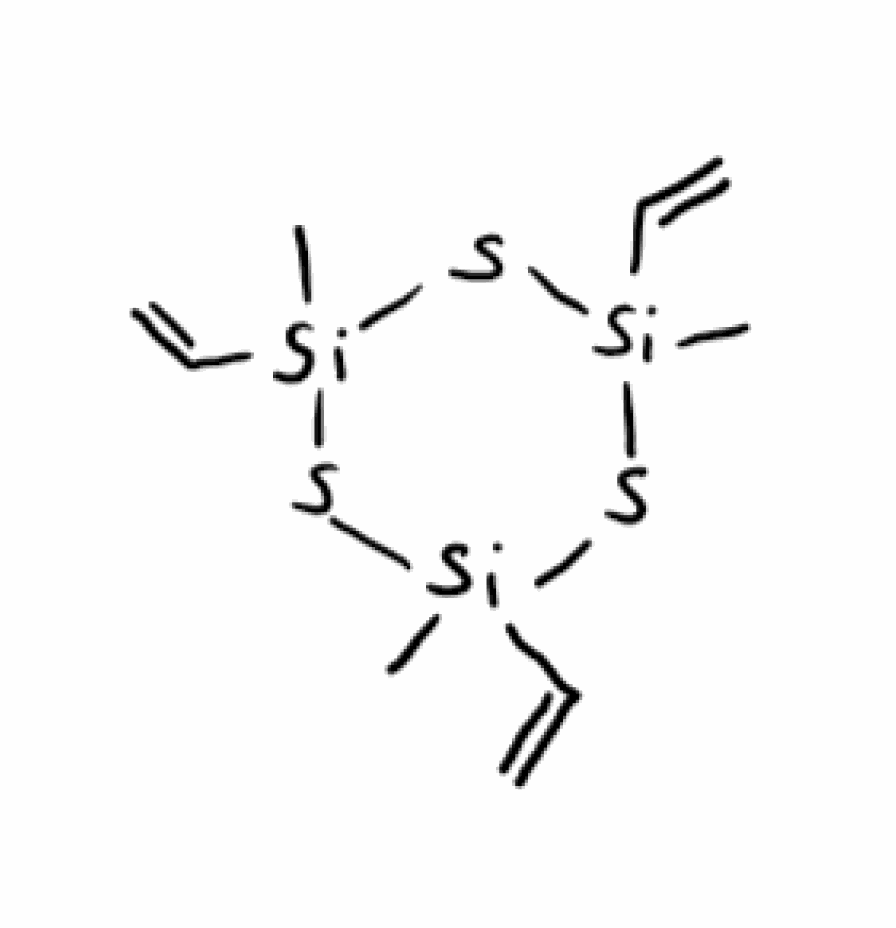
Simplified molecular-input line-entry system (SMILES) notation of the given molecule:
C[Si]1(S[Si](S[Si](S1)(C)C=C)(C)C=C)C=C